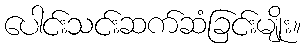
ပေါင်းသင်းဆက်ဆံခြင်းမျိုး။